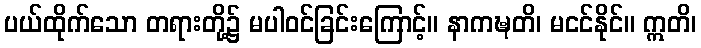
ပယ်ထိုက်သော တရားတို့၌ မပါဝင်ခြင်းကြောင့်။ နာကဍ္ဎတိ၊ မငင်နိုင်။ ဣတိ၊